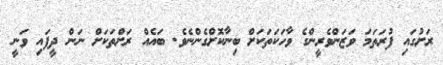
ރަށުގައި ފުރަތަމަ ވަޒަންވެރީންގެ ވާހަކަތަކަށް ބިނާކޮށްގެންނެވެ. ބައެއް ރަށްތަކަށް ނަން ދީފައި ވަނީ